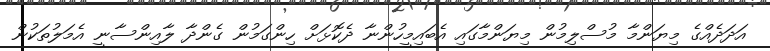
އަދަދެއްގެ މިޔަންމާ މުސްލިމުން މިޔަންމާގައި އެބައިމީހުންނާ ދެކޮޅަށް ހިންގަމުން ގެންދާ ލާއިންސާނީ އެމަލުތަކުން